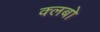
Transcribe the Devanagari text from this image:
क्लबो